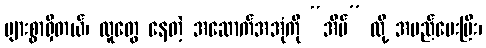
များစွာရှိတယ်၊ လူတွေ နေတဲ့ အဆောက်အအုံကို “အိမ်” လို့ အမည်ပေးပြီး၊